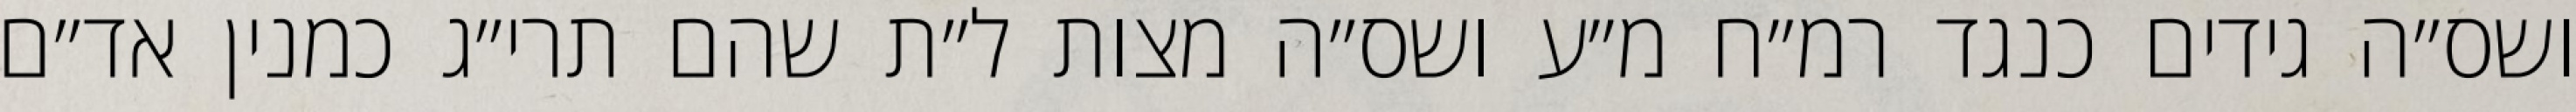
ושס״ה גידים כנגד רמ״ח מ״ע ושס״ה מצות ל״ת שהם תרי״ג כמנין אד״ם